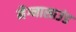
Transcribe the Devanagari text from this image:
मैग्नासाउंड